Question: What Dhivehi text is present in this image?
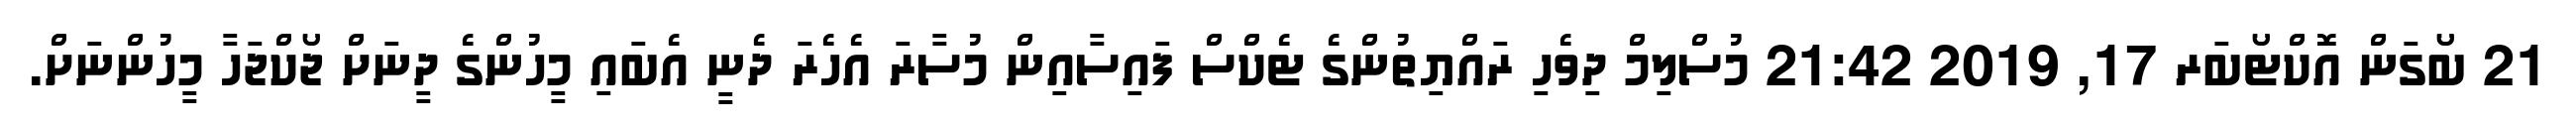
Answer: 21 ބޯގަން އޮކްޓޯބަރ 17, 2019 21:42 މުސްލިމް ދިވެހި ރައްޔިތުންގެ ޓެކްސް ފައިސާއިން މުސާރަ އެހެރަ ދެނީ އެބައި މީހުންގެ ދީނަށް ޖޯކްޖަހާ މީހުންނަށް.